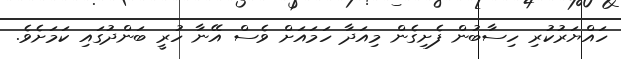
ހައްޔަރުކުރި ހިސާބުން ފެށިގެން މިއަދާ ހަމައަށް ވެސް އޭނާ ހުރީ ބަންދުގައި ކަމަށެވެ.